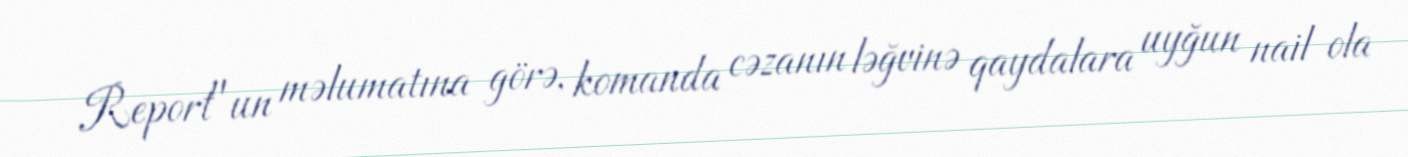
Report"un məlumatına görə, komanda cəzanın ləğvinə qaydalara uyğun nail ola